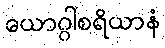
ယောဂ္ဂါစရိယာနံ